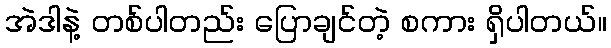
အဲဒါနဲ့ တစ်ပါတည်း ပြောချင်တဲ့ စကား ရှိပါတယ်။